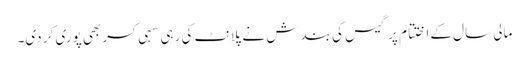
مالی سال کے اختتام پر گیس کی بندش نے پلانٹ کی رہی سہی کسربھی پوری کر دی۔